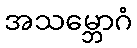
အသမ္ဘောဂံ